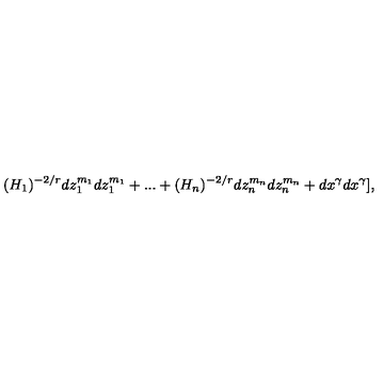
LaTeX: ( H _ { 1 } ) ^ { - 2 / r } d z _ { 1 } ^ { m _ { 1 } } d z _ { 1 } ^ { m _ { 1 } } + . . . + ( H _ { n } ) ^ { - 2 / r } d z _ { n } ^ { m _ { n } } d z _ { n } ^ { m _ { n } } + d x ^ { \gamma } d x ^ { \gamma } ] ,